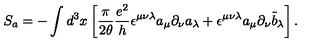
S _ { a } = - \int d ^ { 3 } x \left[ \frac { \pi } { 2 \theta } \frac { e ^ { 2 } } { h } \epsilon ^ { \mu \nu \lambda } a _ { \mu } \partial _ { \nu } a _ { \lambda } + \epsilon ^ { \mu \nu \lambda } a _ { \mu } \partial _ { \nu } { \tilde { b } } _ { \lambda } \right] .